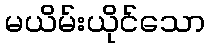
မယိမ်းယိုင်သော